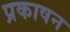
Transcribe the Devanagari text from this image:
प्रकाषन